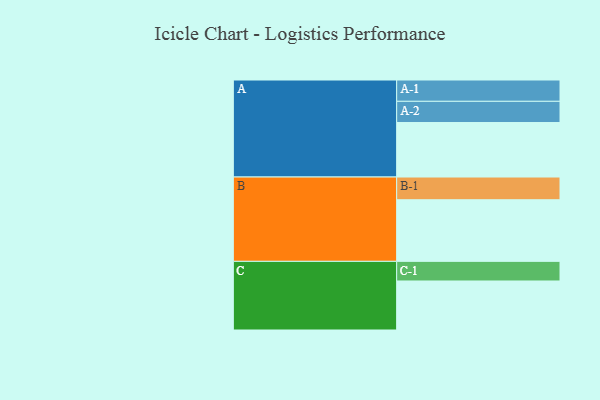
{"axis": {"x": "Segment", "y": "Value"}, "legend": ["", "A", "B", "C"], "data": [{"x": "A", "y": 494, "type": ""}, {"x": "B", "y": 558, "type": ""}, {"x": "C", "y": 444, "type": ""}, {"x": "A-1", "y": 193, "type": "A"}, {"x": "A-2", "y": 192, "type": "A"}, {"x": "B-1", "y": 206, "type": "B"}, {"x": "C-1", "y": 178, "type": "C"}]}